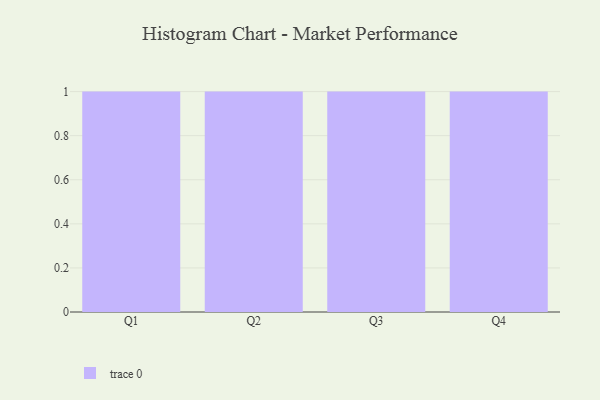
{"axis": {"x": "Quarter", "y": "Active Users"}, "legend": [""], "data": [{"x": "Q1", "y": 20, "type": ""}, {"x": "Q2", "y": 13, "type": ""}, {"x": "Q3", "y": 69, "type": ""}, {"x": "Q4", "y": 12, "type": ""}]}